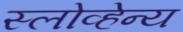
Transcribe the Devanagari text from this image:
स्लोव्हेन्य